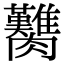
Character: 臡